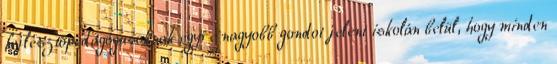
fejlesztőpedagógusoknak egyre nagyobb gondot jelent iskolán belül, hogy minden